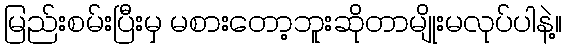
မြည်းစမ်းပြီးမှ မစားတော့ဘူးဆိုတာမျိုးမလုပ်ပါနဲ့။